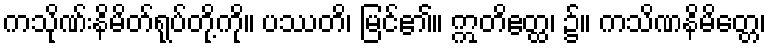
ကသိုဏ်းနိမိတ်ရုပ်တို့ကို။ ပဿတိ၊ မြင်၏။ ဣတိဧတ္ထ၊ ၌။ ကသိဏနိမိတ္တေ၊